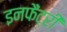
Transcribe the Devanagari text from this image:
इनफैंट्री